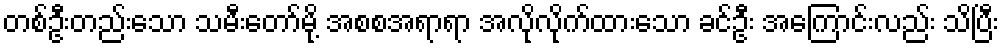
တစ်ဦးတည်းသော သမီးတော်မို့ အစစအရာရာ အလိုလိုက်ထားသော ခင်ဦး အကြောင်းလည်း သိပြီး